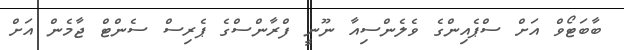
ބާބަޓޯވް އަށް ސްޕެއިންގެ ވެލެންސިއާ ނޫނީ ފްރާންސްގެ ޕެރިސް ސެންޓް ޖާމެން އަށް